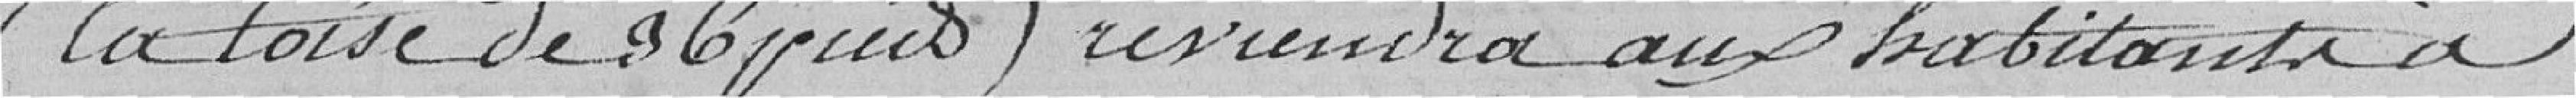
(la toise de 36) reviendra aux habitants